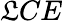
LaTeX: \mathfrak{L}CE